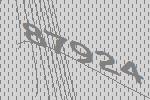
87924